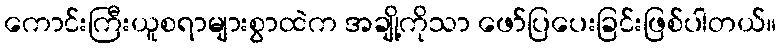
ကောင်းကြီးယူစရာများစွာထဲက အချို့ကိုသာ ဖော်ပြပေးခြင်းဖြစ်ပါတယ်။